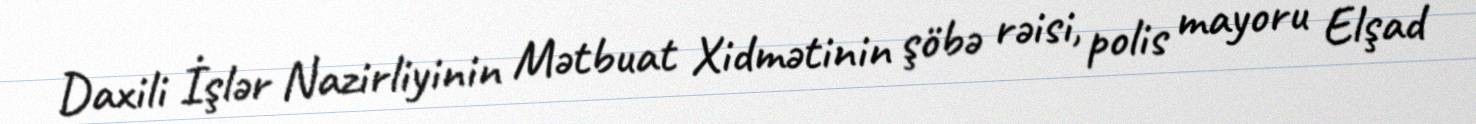
Daxili İşlər Nazirliyinin Mətbuat Xidmətinin şöbə rəisi, polis mayoru Elşad